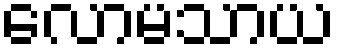
လောမသာယ